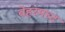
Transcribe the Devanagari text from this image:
वेहरमच्ट